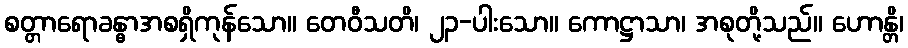
စတ္တာရောခန္ဓာအစရှိကုန်သော။ တေဝီသတိ၊ ၂၃-ပါးသော။ ကောဋ္ဌာသာ၊ အစုတို့သည်။ ဟောန္တိ၊